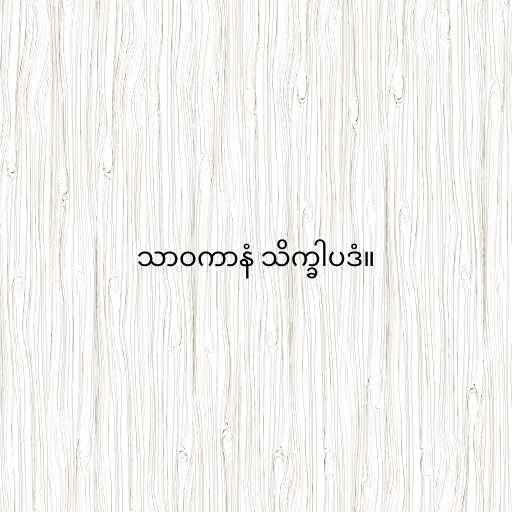
သာဝကာနံ သိက္ခါပဒံ။